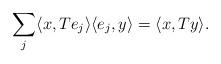
LaTeX: \begin{align*}\sum_j \langle x, Te_j \rangle \langle e_j, y \rangle = \langle x, Ty \rangle.\end{align*}